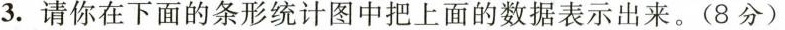
3.请你在下面的条形统计图中把上面的数据表示出来。(8分)